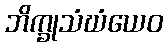
ဘိက္ခုသံဃံယေဝ